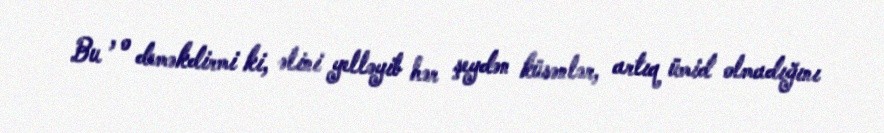
Bu , o deməkdirmi ki, əlini yelləyib hər şeydən küsənlər, artıq ümid olmadığını